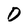
Character: D